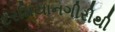
દરમિયાનગીરીથી